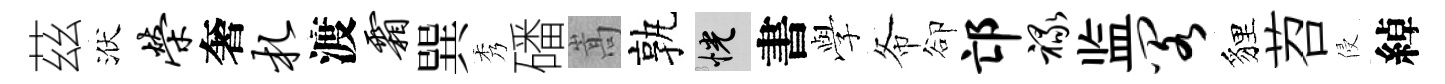
茲洑荣奢札渡霜巽秀磻嵩孰恍書𫝯𢁙卻邙禄监阁貍苕侵綽